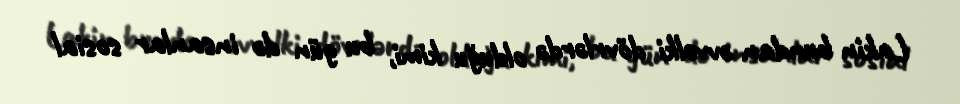
Lakin bundan əvvəlki dövrlərdə olduğu kimi, bu gün də insanlar sosial